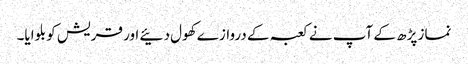
نماز پڑھ کے آپ نے کعبہ کے دروازے کھول دئیے اور قریش کو بلوایا۔